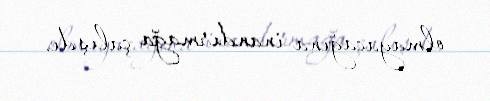
olmayacağına inandırmağa çalışdı.